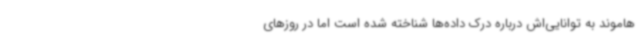
هاموند به توانایی‌اش درباره درک داده‌ها شناخته شده است اما در روزهای